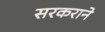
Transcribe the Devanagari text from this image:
सरकराने